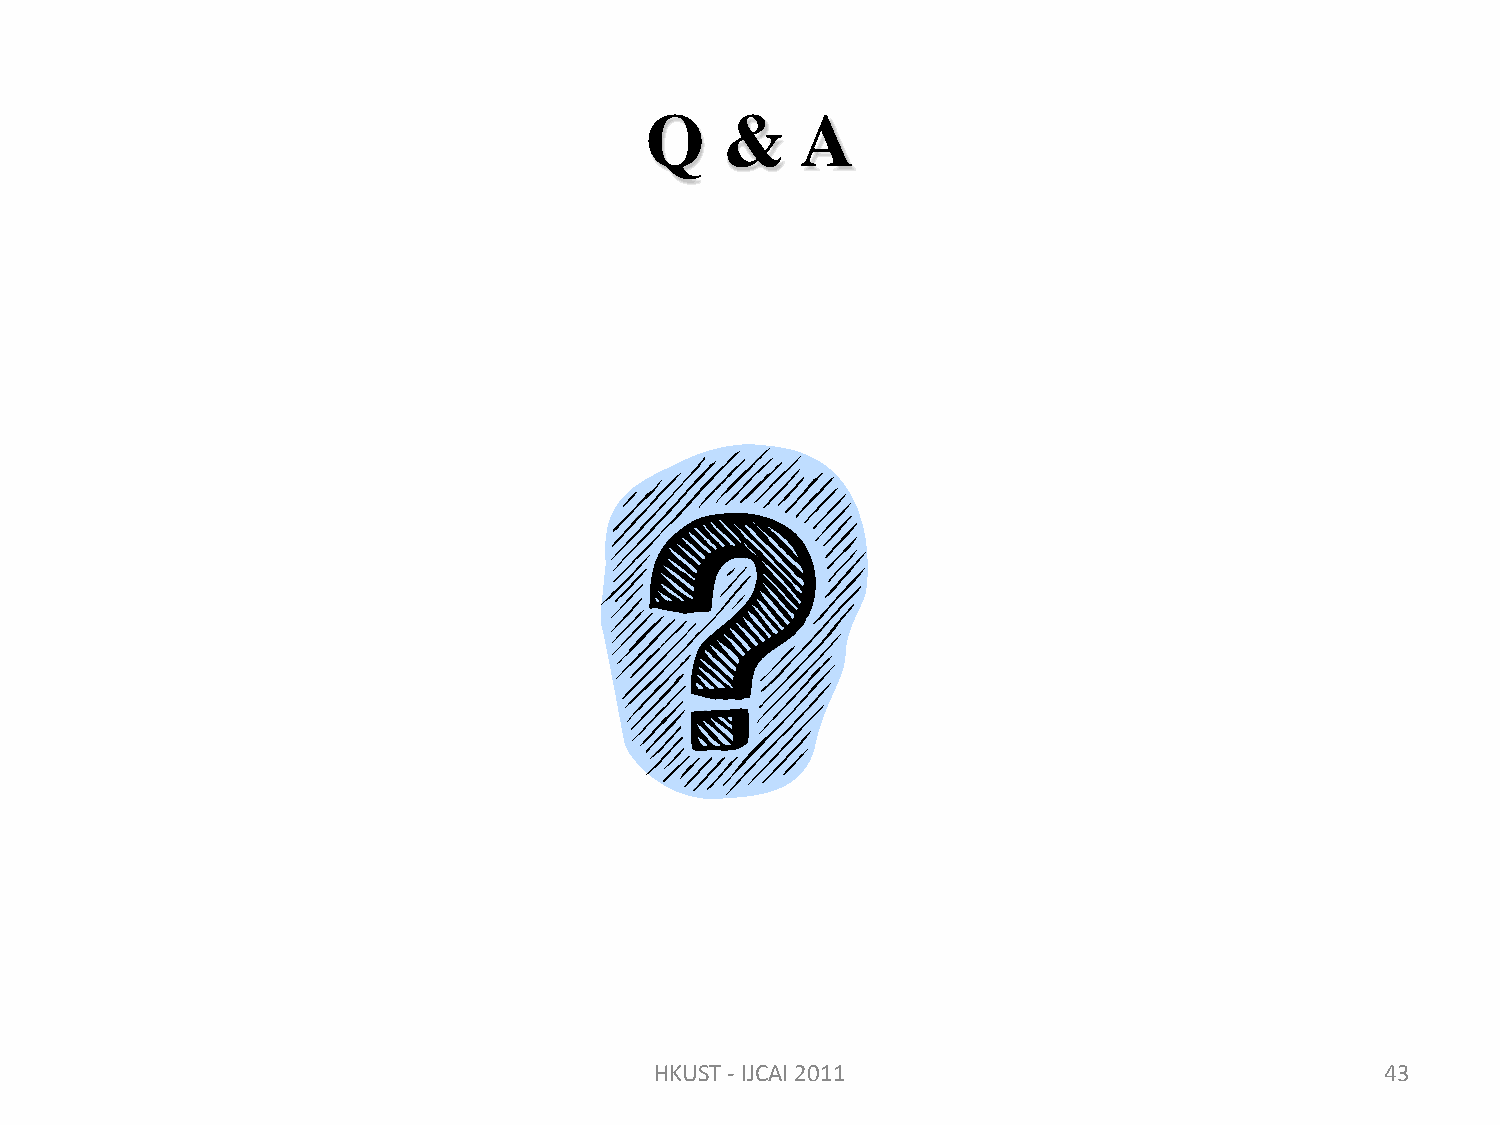
Q    &    A
 HKUST - IJCAI 2011                               43